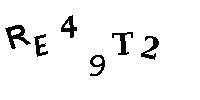
RE49T2